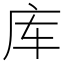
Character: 库